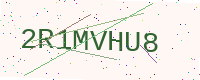
Text: 2R1MVHU8